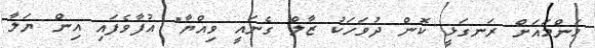
މަންމައަށް ރަނގަޅީ ކޮން ދުވަހަކު ޒާލް ގެނައީ ވިއްޔާ" އުފާވެފައި އިން ޔަލާ